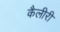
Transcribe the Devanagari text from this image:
कैलीरी